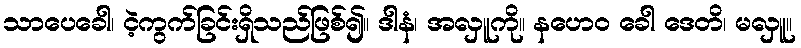
သာပေခေါ၊ ငဲ့ကွက်ခြင်းရှိသည်ဖြစ်၍။ ဒါနံ၊ အလှူကို။ နဟေဝ ခေါ ဒေတိ၊ မလှူ။